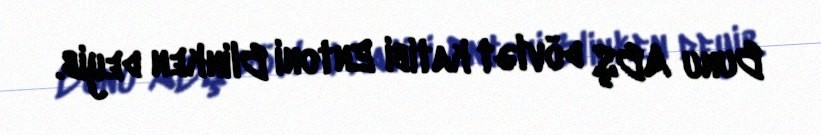
Bunu ABŞ dövlət katibi Entoni Blinken deyib.